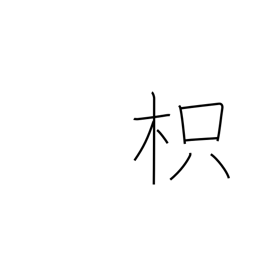
Meaning: trifoliate orange tree